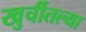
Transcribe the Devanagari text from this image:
खुर्चीतल्या